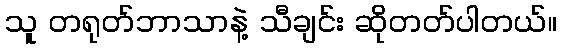
သူ တရုတ်ဘာသာနဲ့ သီချင်း ဆိုတတ်ပါတယ်။